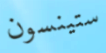
ستينسون